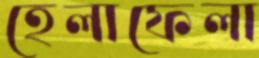
হেলাফেলা